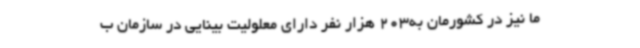
ما نیز در کشورمان به203 هزار نفر دارای معلولیت بینایی در سازمان ب